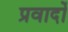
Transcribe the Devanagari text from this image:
प्रवादों